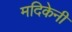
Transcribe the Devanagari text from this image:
मदिकेनी